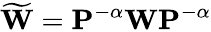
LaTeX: \widetilde{\textbf{W}}=\textbf{P}^{-\alpha}\textbf{W}\textbf{P}^{-\alpha}